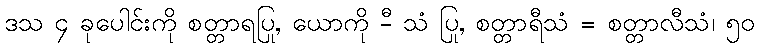
ဒသ ၄ ခုပေါင်းကို စတ္တာရပြု, ယောကို -ီ သံ ပြု, စတ္တာရီသံ = စတ္တာလီသံ၊ ၅၀